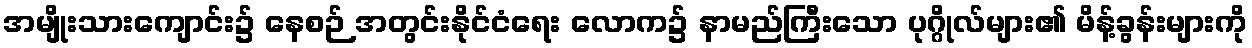
အမျိုးသားကျောင်း၌ နေစဉ် အတွင်းနိုင်ငံရေး လောက၌ နာမည်ကြီးသော ပုဂ္ဂိုလ်များ၏ မိန့်ခွန်းများကို